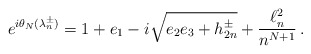
\begin{align*}e^{i\theta_N(\lambda_n^\pm)}= 1+e_1 -i\sqrt{e_2e_3+h_{2n}^\pm}+ \frac{\ell^2_n}{n^{N+1}}\, .\end{align*}